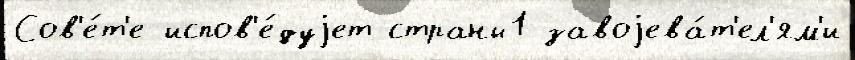
Сов'е́т'е испов'е́дуjет страны1 завоjева́т'ел'ям'и